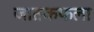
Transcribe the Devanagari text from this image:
जातकफला